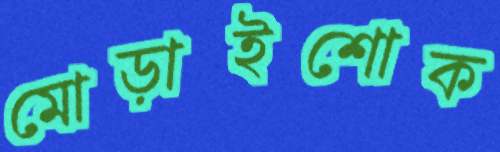
মোড়াইশোক